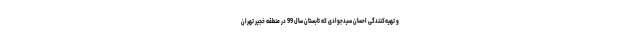
و تهیه‌کنندگی احسان سیدجوادی که تابستان سال 99 در منطقه خجیر تهران